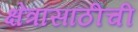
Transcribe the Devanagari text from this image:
क्षेत्रासाठीची